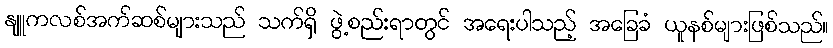
နျူကလစ်အက်ဆစ်များသည် သက်ရှိ ဖွဲ့စည်းရာတွင် အရေးပါသည့် အခြေခံ ယူနစ်များဖြစ်သည်။